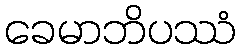
ခေမာဘိပဿံ